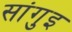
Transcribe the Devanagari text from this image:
सांगुइ